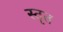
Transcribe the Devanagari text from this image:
स्तृत